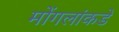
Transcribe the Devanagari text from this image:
मोंगलांकडे